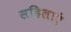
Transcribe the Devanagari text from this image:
सहिलाएं